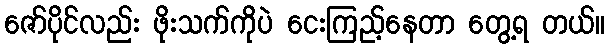
ဇော်ပိုင်လည်း ဖိုးသက်ကိုပဲ ငေးကြည့်နေတာ တွေ့ရ တယ်။